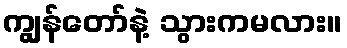
ကျွန်တော်နဲ့ သွားကမလား။